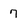
Character: 7